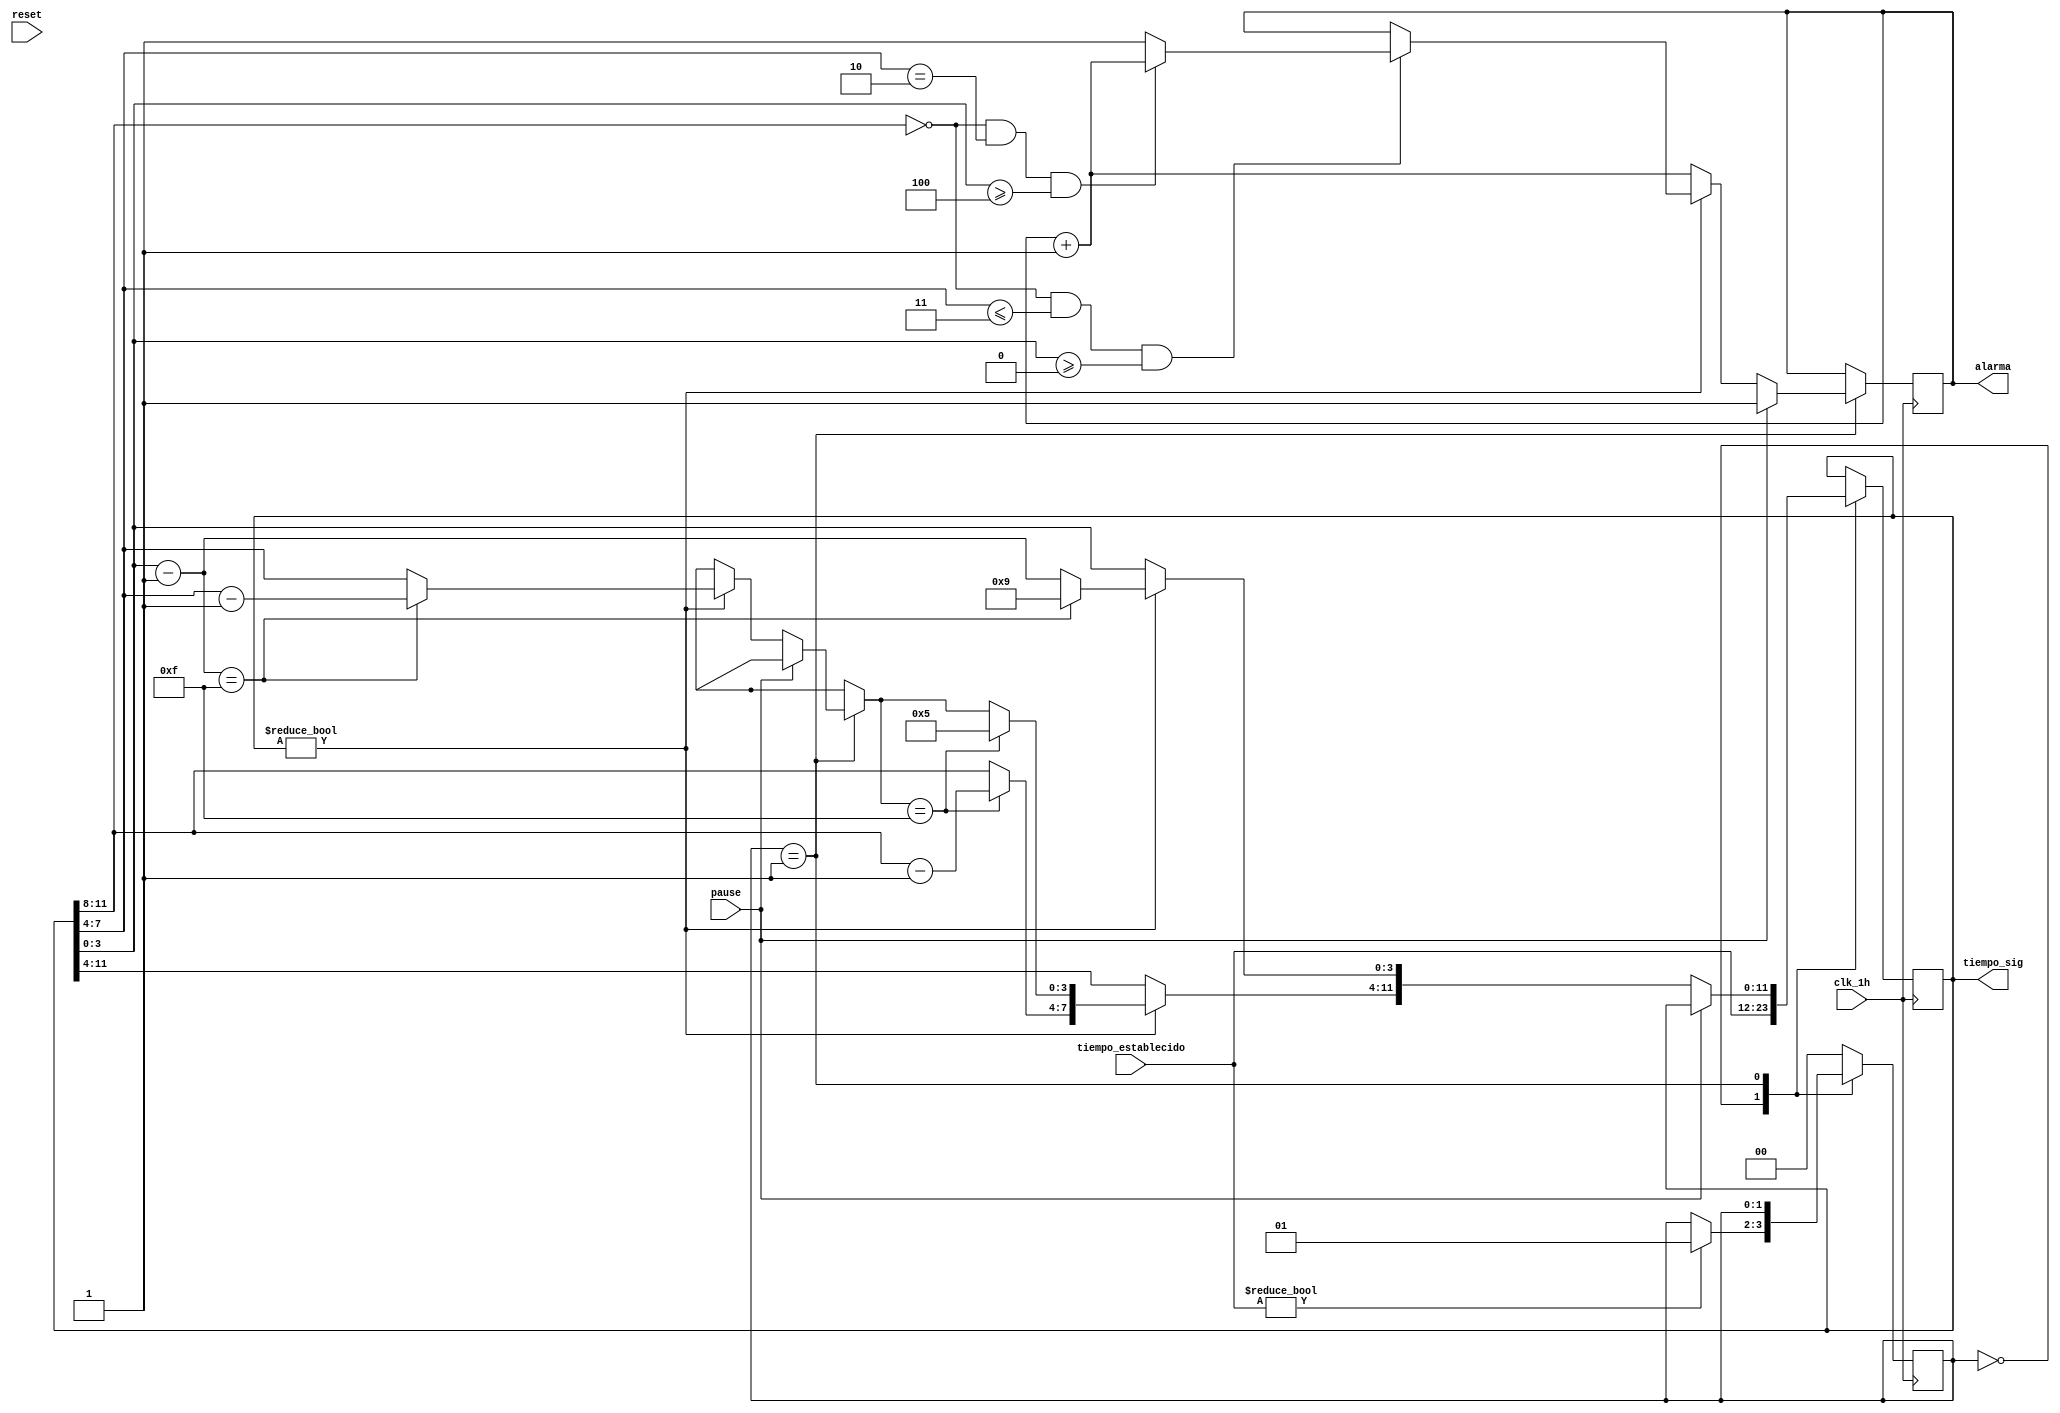
module temporizador(clk_1h,
                    tiempo_establecido,
                    tiempo_sig,
                    reset,
                    pause,
                    alarma);
    
    
    input clk_1h;
    
    input [11:0] tiempo_establecido;    //12 bits para almacenar 3 BCD de 4 bits para minutos, decimas de segundos y segundos para el tiempo programado por el usuario
    input reset;
    input pause;
    
    output reg[11:0] tiempo_sig;   //Almacena el tiempo siguiente (el tiempo menos 1 segundo)
    output reg alarma;
	 reg [1:0]status;

    initial begin
	 
		status = 0;
		alarma = 1;
			
    end
    
	 
	 parameter INIT=0, EJEC=1;
	 
    always@(posedge clk_1h)begin  	 //Proceso para lgica del temporizador
	 
	 case (status)
			INIT: begin
				tiempo_sig=tiempo_establecido;
				if(tiempo_sig != 12'd0) begin
					status = EJEC;
				end
			end
			EJEC: begin 
				  if (!pause)begin
						
						if (tiempo_sig != 12'd0)begin  //cuandon llegue a 0 se detiene el temporizador
							 
							 if (tiempo_sig[11:8]== 4'd0  && tiempo_sig[7:4]<= 4'd3 && tiempo_sig[3:0]>= 4'd0)begin //La alarma suena unos segundos cuando faltan 30 seg del tiempo total  tiempo_seg <= 30
								  
								  if (tiempo_sig[11:8]== 4'd0  && tiempo_sig[7:4]== 4'd2 && tiempo_sig[3:0]>= 4'd4)begin
										alarma = alarma + 1;    //Se desactiva la alarma cuando el temporizador llegue al 24 seg del tiempo establecido (se apaga y se prende cada segundo por desbordamiento)
								  end
								  
								  else begin
										alarma = 1; //Apaga la alarma despues de 6 seales de reloj
								  end
							 
							 end
						
							 tiempo_sig[3:0] = tiempo_sig[3:0] - 4'd1;   // restamos 1 cada segundo
						
							 if (tiempo_sig[3:0] == 4'hf) begin
							 
								  tiempo_sig[3:0] = 4'd9; //Condicin para el display de segundos
								  tiempo_sig[7:4] = tiempo_sig[7:4] - 4'd1;
							 
							 end
						
							 if (tiempo_sig[7:4] == 4'hf) begin
							 
								  tiempo_sig[7:4]  = 4'd5;    //Condicin para el display de decenas segundos
								  tiempo_sig[11:8] = tiempo_sig[11:8] - 4'd1; //Condicin para el display de minutos
							 
							 end
								
						
						end

				  
						else begin
				  
							 alarma = alarma + 1;    //Se activa la alarma cuando el temporizador llegue a cero (se apaga y se prende cada segundo por desbordamiento)
				  
						end
					
			 
					end
					
					else begin
						alarma=1;
					end
			end
			
		default: status=INIT;
	endcase 
    
   end
    
endmodule